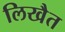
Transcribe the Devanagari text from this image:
लिखैत